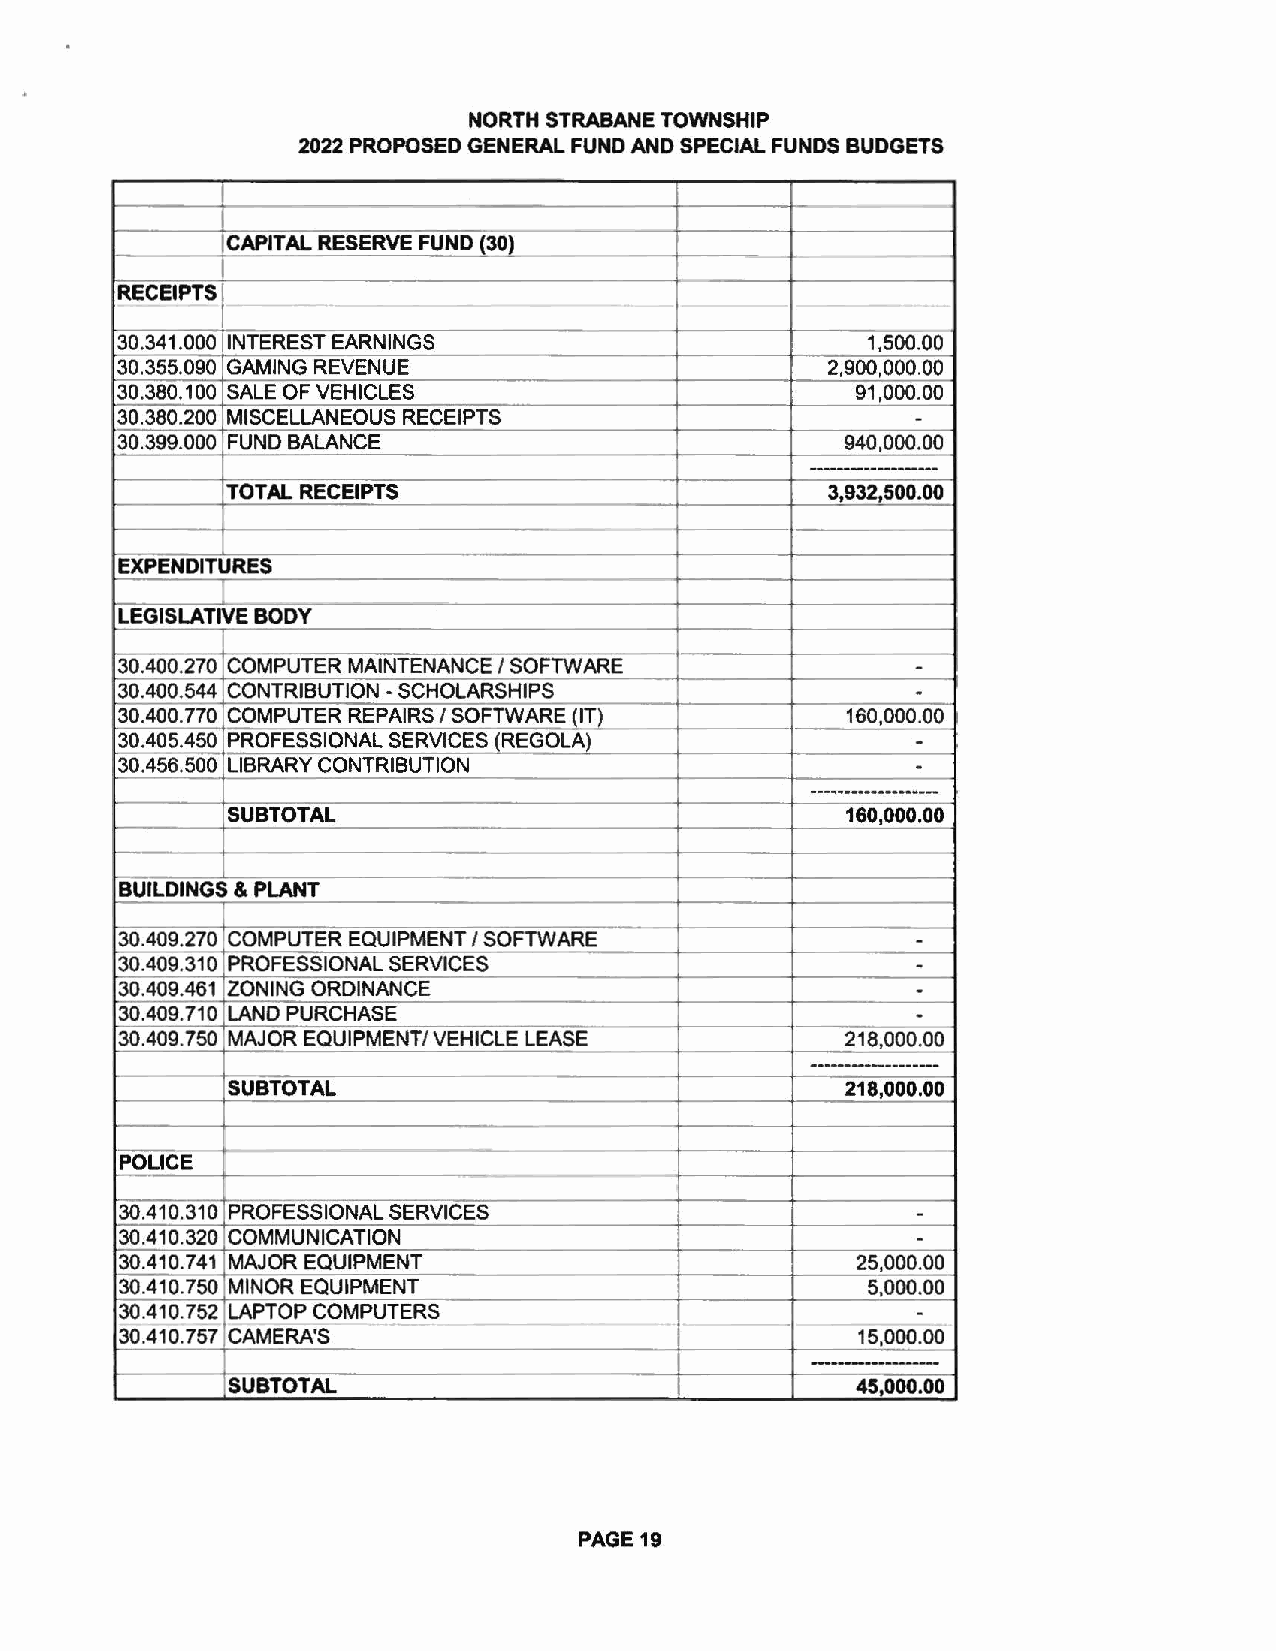
NORTH STRABANE TOWNSHIP
 2022 PROPOSED GENERAL FUND AND SPECIAL FUNDS BUDGETS
 CAPITAL RESERVE FUND (30)
 - I
 RECEIPTS
 30.341.000 INTEREST EARNINGS                     1,500.00
 30.355.090 GAMING REVENUE                      2,900,000.00
 30.380.100 SALE OF VEHICLES                      91,000.00
 -
 30.380.200 MISCELLANEOUS RECEIPTS
 30.399.000 FUND BALANCE                         940,000.00
 ------------------
 '
 TOTA L RECEIPTS                         3,932,500.00
 EXPENDITURES
 LEGISLATIVE BODY
 30.400.270 COMPUTER MAINTENANCE I SOFTWARE           -
 -
 30.400.544 CONTRIBUTION -SCHOLARSHIPS
 30.400.770 COMPUTER REPAIRS I SOFTWARE (IT)     160,000.00
 -
 30.405.450 PROFESSIONAL SERVICES (REGOLA)
 30.456.500 LIBRARY CONTRIBUTION                      -
 ---.... ·-······-----
 SUBTOTAL                                 160,000.00
 BUILDINGS & PLANT
 30.409.270 COMPUTER EQUIPMENT I SOFTWARE             -
 -
 30.409.310 PROFESSIONAL SERVICES
 30.409.461 ZONING ORDINANCE                          -
 -
 30.409.710 LANO PURCHASE
 30.409.750 MAJOR EQUIPMENT/ VEHICLE LEASE       218,000.00
 ---·--------------
 SUBTOTAL                                 218,000.00
 POLICE
 30.410.310 PROFESSIONAL SERVICES                     -
 -
 30.410.320 COMMUNICATION
 30.410.741 MAJOR EQUIPMENT                       25,000.00
 30.410.750 MINOR EQUIPMENT                       5,000.00
 30.410.752 LAPTOP COMPUTERS                          -
 -
 30.410.757 CAMERA'S                              15,000.00
 -------
 SUBTOTAL                                  45,000.00
 PAGE19